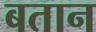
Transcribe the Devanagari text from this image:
बतान